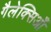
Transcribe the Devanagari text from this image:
गैलेक्सिआँ